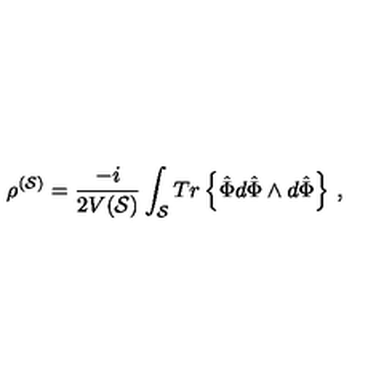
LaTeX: \rho ^ { ( { \cal S } ) } = \frac { - i } { 2 V ( { \cal S } ) } \int _ { { \cal S } } { T r \left\{ \hat { \Phi } d \hat { \Phi } \wedge d \hat { \Phi } \right\} } \ ,